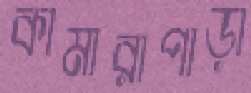
কামারাপাড়া